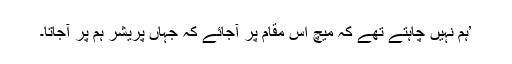
’ہم نہیں چاہتے تھے کہ میچ اس مقام پر آجائے کہ جہاں پریشر ہم پر آجاتا۔